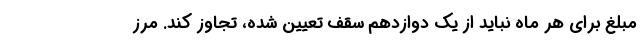
مبلغ برای هر ماه نباید از یک دوازدهم سقف تعیین شده، تجاوز کند. مرز